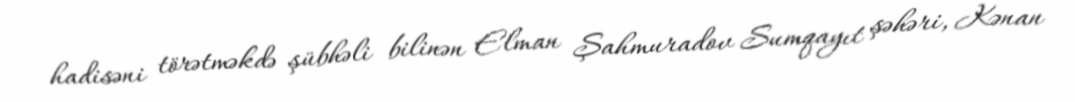
hadisəni törətməkdə şübhəli bilinən Elman Şahmuradov Sumqayıt şəhəri, Kənan